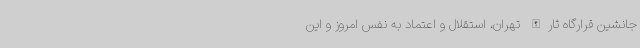
جانشین قرارگاه ثارالله تهران، استقلال و اعتماد به نفس امروز و این